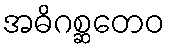
အဓိဂစ္ဆတေဝ